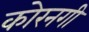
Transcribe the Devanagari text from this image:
कोरनगी